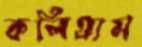
কলিগ্রাম